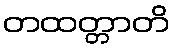
တထတ္တာတိ